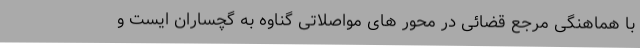
با هماهنگی مرجع قضائی در محور های مواصلاتی گناوه به گچساران ایست و